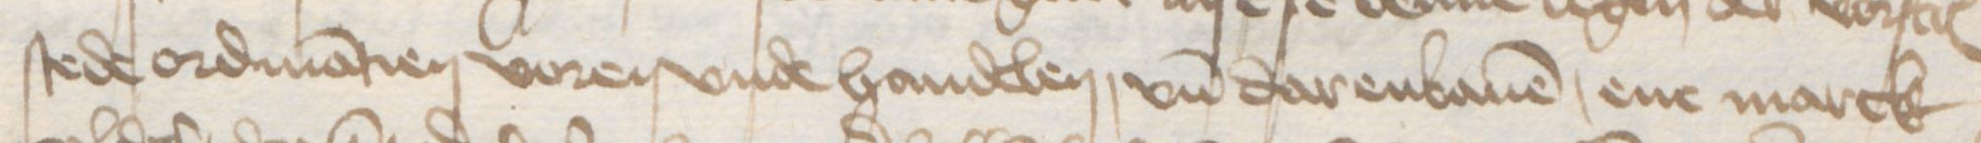
Transcription: stede ordinatien voren vnde handelen, vnd darenbauen, ene marck